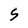
Character: S